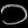
Digit: ၁